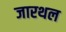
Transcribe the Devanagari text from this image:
जारथल